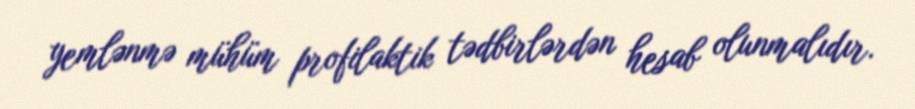
yemlənmə mühüm profilaktik tədbirlərdən hesab olunmalıdır.